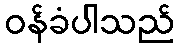
ဝန်ခံပါသည်